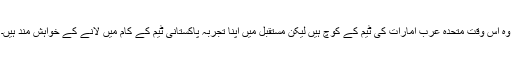
وہ اس وقت متحدہ عرب امارات کی ٹیم کے کوچ ہیں لیکن مستقبل میں اپنا تجربہ پاکستانی ٹیم کے کام میں لانے کے خواہش مند ہیں۔